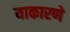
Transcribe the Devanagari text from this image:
याकारणे